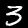
Digit: 3